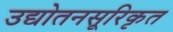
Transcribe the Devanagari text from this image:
उद्योतनसूरिकृत